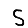
Digit: 5